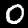
Label: 0